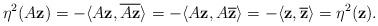
LaTeX: \begin{align*} \eta^{2}(A\mathbf{z})=-\langle A\mathbf{z},\overline{A\mathbf{z}}\rangle=-\langle A\mathbf{z},A\mathbf{\overline{z}}\rangle=-\langle \mathbf{z},\mathbf{\overline{z}}\rangle=\eta^{2}(\mathbf{z}).\end{align*}